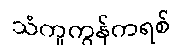
သံကူကွန်ကရစ်